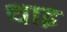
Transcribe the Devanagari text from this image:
थाइ